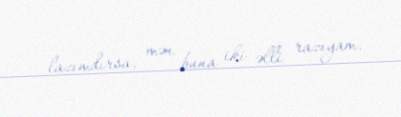
lazımdırsa, mən buna iki əlli razıyam.